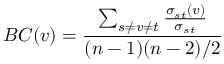
B C ( v ) = \frac { \sum _ { s \neq v \neq t } \frac { \sigma _ { s t } ( v ) } { \sigma _ { s t } } } { ( n - 1 ) ( n - 2 ) / 2 }